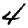
Digit: 4